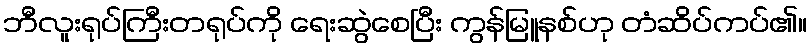
ဘီလူးရုပ်ကြီးတရုပ်ကို ရေးဆွဲစေပြီး ကွန်မြူနစ်ဟု တံဆိပ်ကပ်၏။